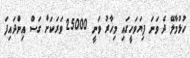
ހުޅުމާލޭ ދެ ވަނަ ފިޔަވަހީގައި މިހާރު ވަނީ 25000 ވަރަކަށް ގަސް އިންދައިފަ